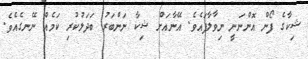
ޝިކާގެ ފޯން އޮންނަނީ ނިވާލާފައެވެ. އޭނާއަށް ޝިކާ ނަންބަރު ބަދަލުކުރި ކަމެއް ނޭނގެއެވެ.